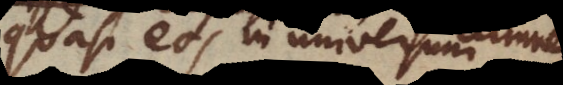
quasi eos in universum